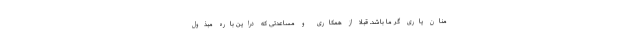
منان یاری گر ما باشد. قبلا از همکاری و مساعدتی که دراین باره مبذول